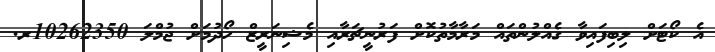
އެ ކޯޓަށް ލިބިފައިވާ ގެއްލުންތައް މަރާމާތުކޮށް ފަރުނީޗަރާއި މެޝިނަރީޒް ހޯދުމަށް ޖުމްލަ 10262350ރ.